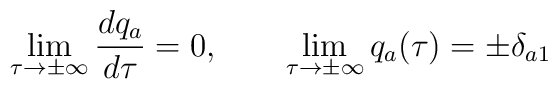
\lim_{\tau\to \pm \infty} \frac{dq_a}{d\tau}=0,\qquad\lim_{\tau\to \pm \infty}q_a(\tau)=\pm \delta_{a1}